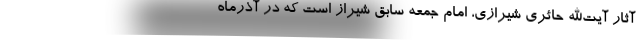
آثار آیت‌الله حائری شیرازی، امام جمعه سابق شیراز است که در آذرماه